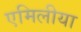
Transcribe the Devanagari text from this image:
एमिलीया